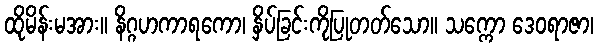
ထိုမိန်းမအား။ နိဂ္ဂဟကာရကော၊ နှိပ်ခြင်းကိုပြုတတ်သော။ သက္ကော ဒေဝရာဇာ၊